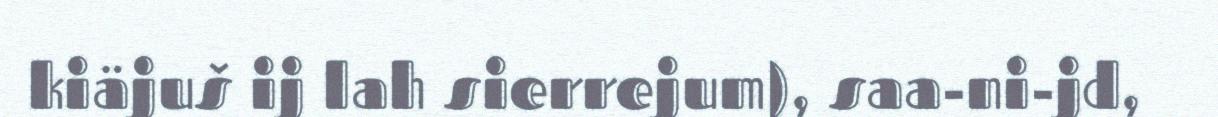
kiäjuš ij lah sierrejum), saa-ni-jd,